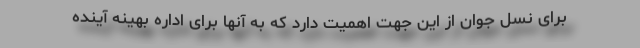
برای نسل جوان از این جهت اهمیت دارد که به آنها برای اداره بهینه آینده